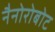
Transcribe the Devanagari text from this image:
नैनोरोबोट